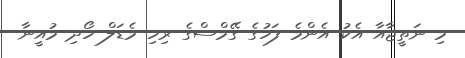
މި ނަތީޖާއާ އެކު އެންމެ ފަހުގެ ގޭމްސްގެ ރިހި މެޑަލް ހޯދި މުއީނާ